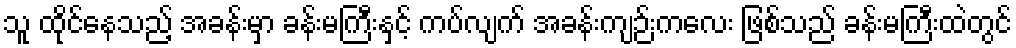
သူ ထိုင်နေသည့် အခန်းမှာ ခန်းမကြီးနှင့် ကပ်လျက် အခန်းကျဉ်းကလေး ဖြစ်သည် ခန်းမကြီးထဲတွင်